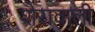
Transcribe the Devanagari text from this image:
शेरावाली